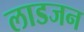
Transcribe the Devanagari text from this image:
लाडजन